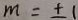
m = \pm 1